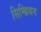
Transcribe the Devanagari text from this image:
सिम्ब्रियन